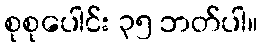
စုစုပေါင်း ၃၅ ဘတ်ပါ။